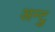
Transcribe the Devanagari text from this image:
अन्टु